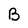
Character: B